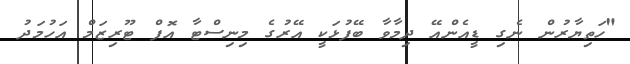
"ހަތިޔާރުން ނެގި ޑީއެންއޭ ދިމާވާ ބޭފުޅަކީ އޭރުގެ މިނިސްޓާ އޮފް ޓޫރިޒަމް އަހުމަދު